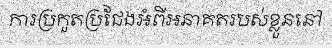
ការប្រកួតប្រជែងអំពីអនាគតរបស់ខ្លួននៅ